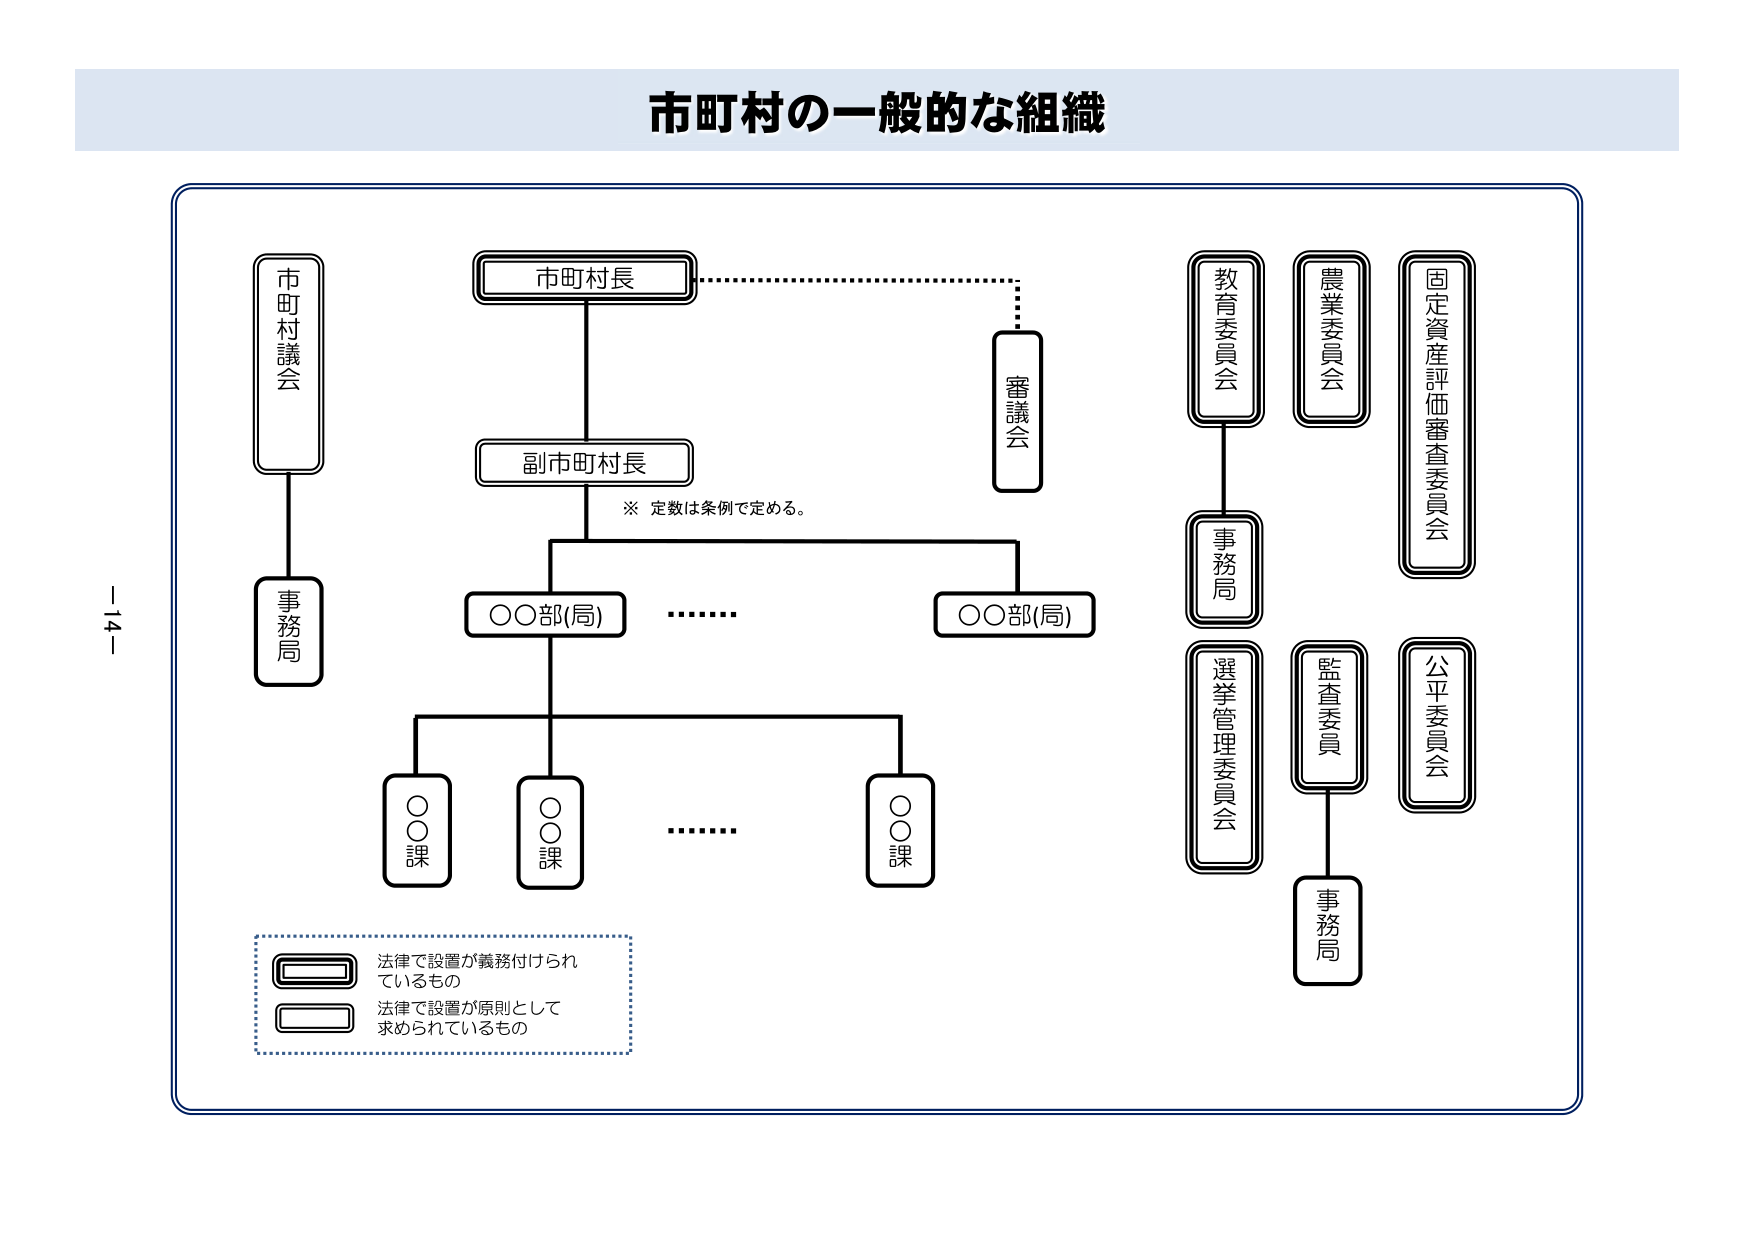
市町村の一般的な組織

市町村議会
事務局

市町村長
副市町村長
※ 定数は条例で定める。
○○部(局)
○○課
○○課
○○課
……
○○部(局)

審議会

教育委員会
事務局
選挙管理委員会
農業委員会
監査委員
事務局
固定資産評価審査委員会
公平委員会

法律で設置が義務付けられているもの
法律で設置が原則として求められているもの

－14－